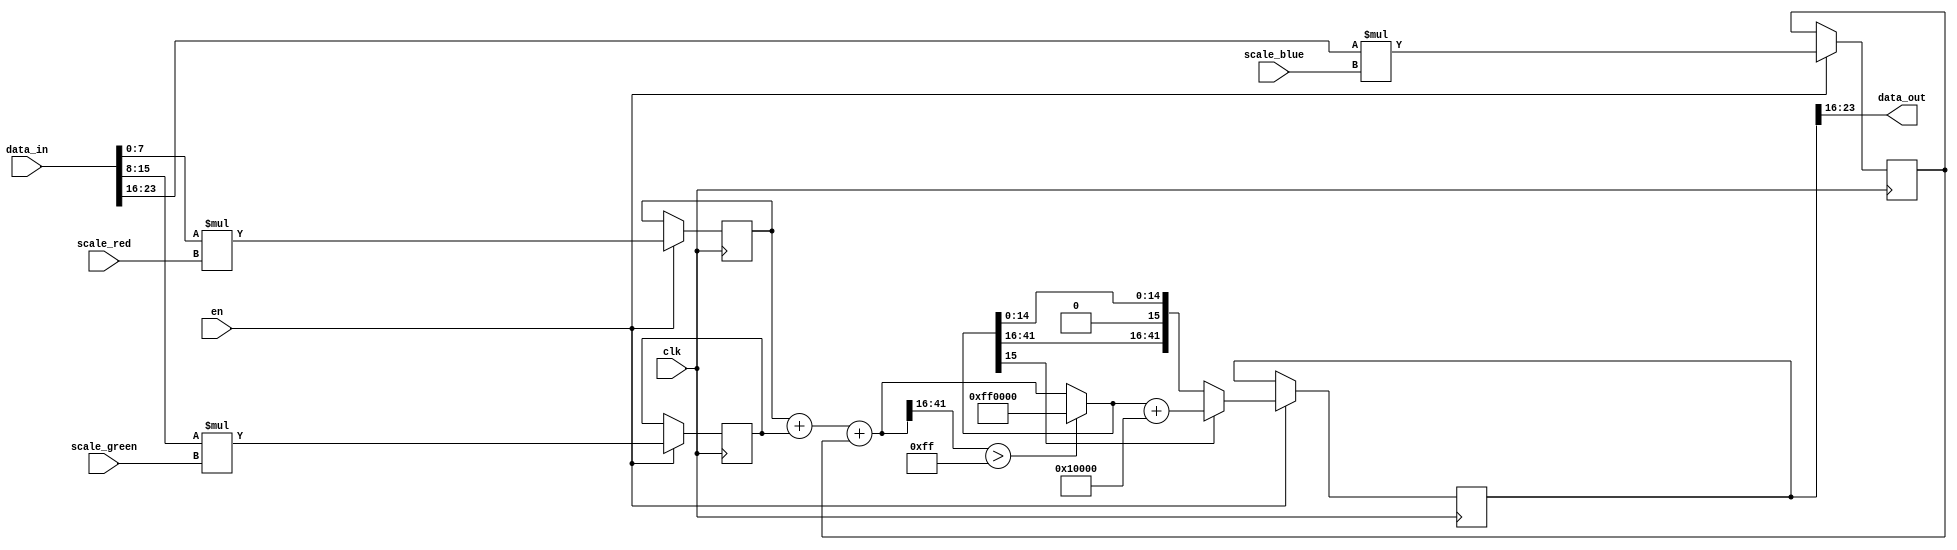
module Calculate_Result
#(
    parameter DATA_COLOR_WIDTH = 8,
    parameter DATA_IN_WIDTH = DATA_COLOR_WIDTH * 3,
    parameter FIXED_POINT_WIDTH = 32,
    parameter POINT_POSITION = FIXED_POINT_WIDTH / 2
)
(
    input [DATA_IN_WIDTH - 1 : 0] data_in,
    input [FIXED_POINT_WIDTH - 1 : 0] scale_red, scale_green, scale_blue,
    input en,
    input clk,
    output [DATA_COLOR_WIDTH - 1 : 0] data_out
);
    wire [DATA_COLOR_WIDTH - 1 : 0] red, green, blue;
    reg [DATA_COLOR_WIDTH + FIXED_POINT_WIDTH - 1 : 0] post_scale_red, post_scale_green, post_scale_blue;
    reg [DATA_COLOR_WIDTH + FIXED_POINT_WIDTH + 2 - 1 : 0] data_out_temp_0, data_out_temp_1, data_out_temp_2;
    
    assign blue = data_in[DATA_IN_WIDTH - 1 -: DATA_COLOR_WIDTH];
    assign green = data_in[DATA_IN_WIDTH - DATA_COLOR_WIDTH - 1 -: DATA_COLOR_WIDTH];
    assign red = data_in[DATA_IN_WIDTH - 2 * DATA_COLOR_WIDTH - 1 : 0];
    assign data_out = data_out_temp_2[POINT_POSITION + DATA_COLOR_WIDTH - 1 : POINT_POSITION];
    
    always @(posedge clk) begin
        if(en) begin
            post_scale_red <= red * scale_red;
            post_scale_green <= green * scale_green;
            post_scale_blue <= blue * scale_blue;
            //post_scale_red <= red >> 2;
            //post_scale_green <= green >> 2;
            //post_scale_blue <= blue >> 2;
            data_out_temp_0 = post_scale_red + post_scale_green + post_scale_blue;
            data_out_temp_1 = ({data_out_temp_0[DATA_COLOR_WIDTH + FIXED_POINT_WIDTH + 2 - 1 : POINT_POSITION]} > {2**DATA_COLOR_WIDTH - 1})?{(2**DATA_COLOR_WIDTH - 1) << POINT_POSITION}:data_out_temp_0;
            data_out_temp_2 = (data_out_temp_1[POINT_POSITION - 1] == 1)?{data_out_temp_1 + (1 << POINT_POSITION)}:data_out_temp_1;
        end
    end
endmodule